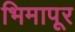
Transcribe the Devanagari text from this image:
भिमापूर